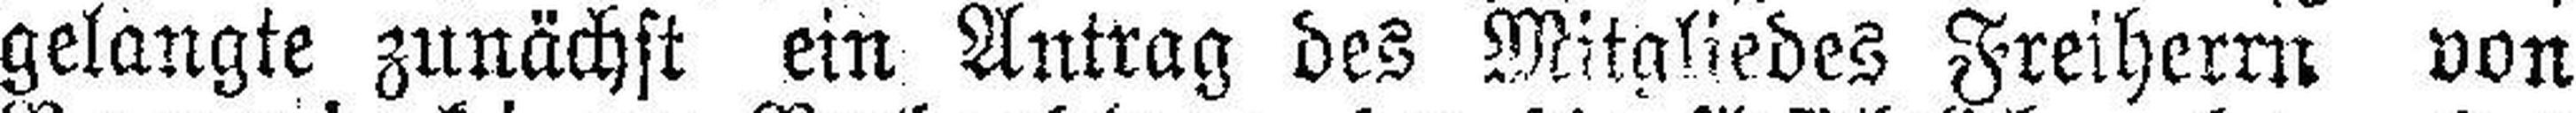
gelangte zunächst ein Antrag des Mitgliedes Freiherrn von